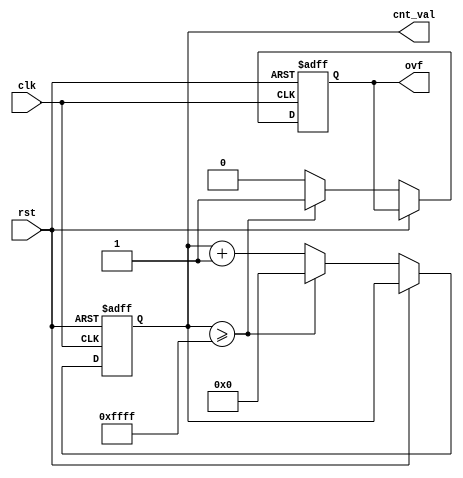
module counter (clk,rst,cnt_val,ovf);
parameter max =16;
input clk,rst;
output reg[max-1:0]cnt_val;
output reg ovf;
always @(posedge clk or posedge rst)
if(rst==1)
begin
cnt_val=0;
ovf=1'b0;
end

else if(rst==0)
if(cnt_val>=2**(max)-1)
begin  
ovf=1;
        cnt_val=0;
end

  else
begin
cnt_val=cnt_val+1;
ovf=0;
end
else
begin
cnt_val=cnt_val;
ovf=ovf;
end
endmodule